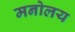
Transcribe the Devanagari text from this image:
मनोलय